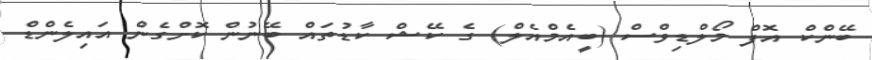
ބޭންކް އޮފް މޯލްޑިވްސް (ބީއެމްއެލް) ގެ ކޭޝް ކާޑުތައް ބޭނުން ކޮށްގެން އައިލެންޑް